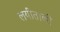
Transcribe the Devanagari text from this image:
लयीताली